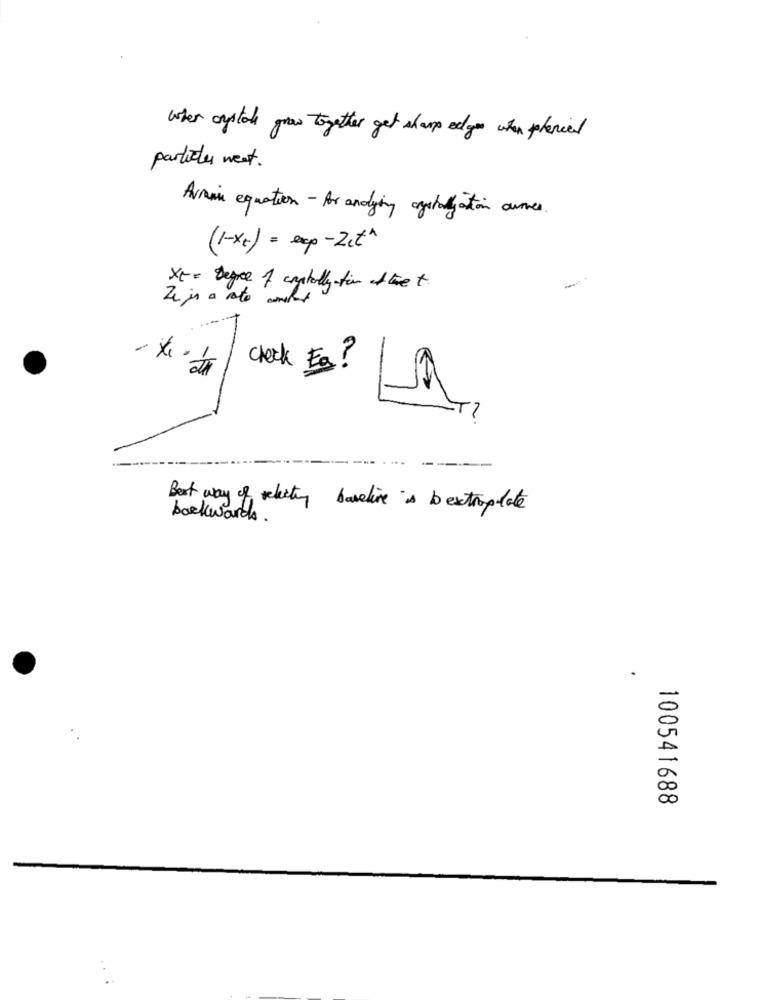
when crystal grow together get sharp edges when planed
particles weet.
Armin equation - Ar andying ogstallation ournes.
(1-Xc) = exp-20th
Xt= Degree of capitally-fim of the t
check Es ?
---
Best way of selecting baseline is b extraplate
backwards.
.
100541688